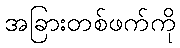
အခြားတစ်ဖက်ကို